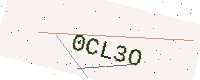
Text: 0CL3O